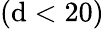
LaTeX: (\mathrm{d}<20)